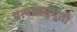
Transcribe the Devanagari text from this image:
प्रत्यक्षानुभूती